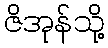
ဇိအုန်သို့